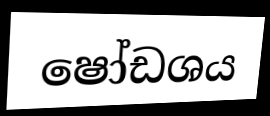
ෂෝඩශය